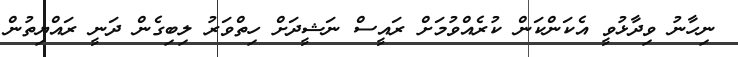
ނިހާނު ވިދާޅުވީ އެކަންކަން ކުރެއްވުމަށް ރައީސް ނަޝީދަށް ހިތްވަރު ލިބިގެން ދަނީ ރައްޔިތުން